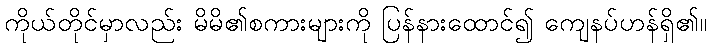
ကိုယ်တိုင်မှာလည်း မိမိ၏စကားများကို ပြန်နားထောင်၍ ကျေနပ်ဟန်ရှိ၏။